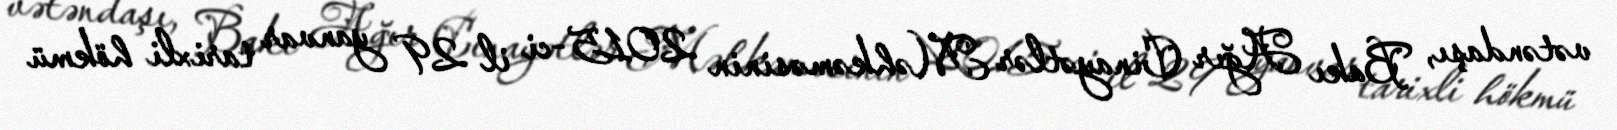
vətəndaşı, Bakı Ağır Cinayətlər Məhkəməsinin 2015-ci il 29 yanvar tarixli hökmü